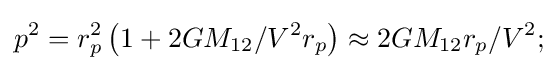
p^{2}=r_{p}^{2}\left(1+2GM_{12}/V^{2}r_{p}\right)\approx 2GM_{12}r_{p}/V^{2};